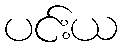
ပင်းယ